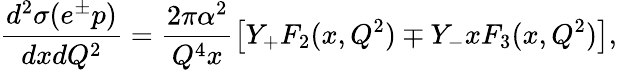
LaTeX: \frac{d^{2}\sigma(e^{\pm}p)}{dxdQ^{2}}=\frac{2\pi\alpha^{2}}{Q^{4}x}\left[Y_{+}F_{2}(x,Q^{2})\mp Y_{-}xF_{3}(x,Q^{2})\right],